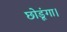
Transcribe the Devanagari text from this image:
छोडूंगा।